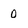
Character: 0